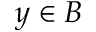
y \in B